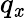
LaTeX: q_{\mathit{x}}